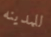
للمدينه